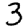
Digit: 3